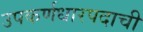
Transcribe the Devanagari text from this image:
उपकर्णधारपदाची